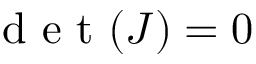
\mathrm { ~ d ~ e ~ t ~ } ( J ) = 0